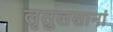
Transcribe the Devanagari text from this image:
लृतुलसानां